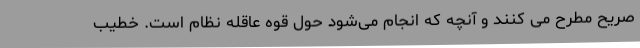
صریح مطرح می کنند و آنچه که انجام می‌شود حول قوه عاقله نظام است. خطیب